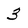
Character: 3